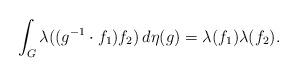
LaTeX: \begin{align*}\int_G \lambda((g^{-1} \cdot f_1)f_2) \, d\eta(g) = \lambda(f_1) \lambda(f_2).\end{align*}